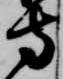
寺